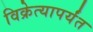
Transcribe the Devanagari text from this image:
विक्रेत्यापर्यंत